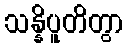
သန္နိပူတိတွာ